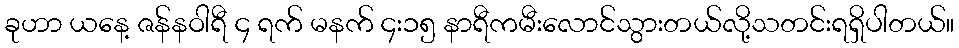
ခုဟာ ယနေ့ ဇန်နဝါရီ ၄ ရက် မနက် ၄း၁၅ နာရီကမီးလောင်သွားတယ်လို့သတင်းရရှိပါတယ်။